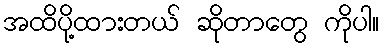
အထိပို့ထားတယ် ဆိုတာတွေ ကိုပါ။